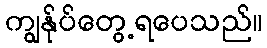
ကျွနု်ပ်တွေ့ရပေသည်။